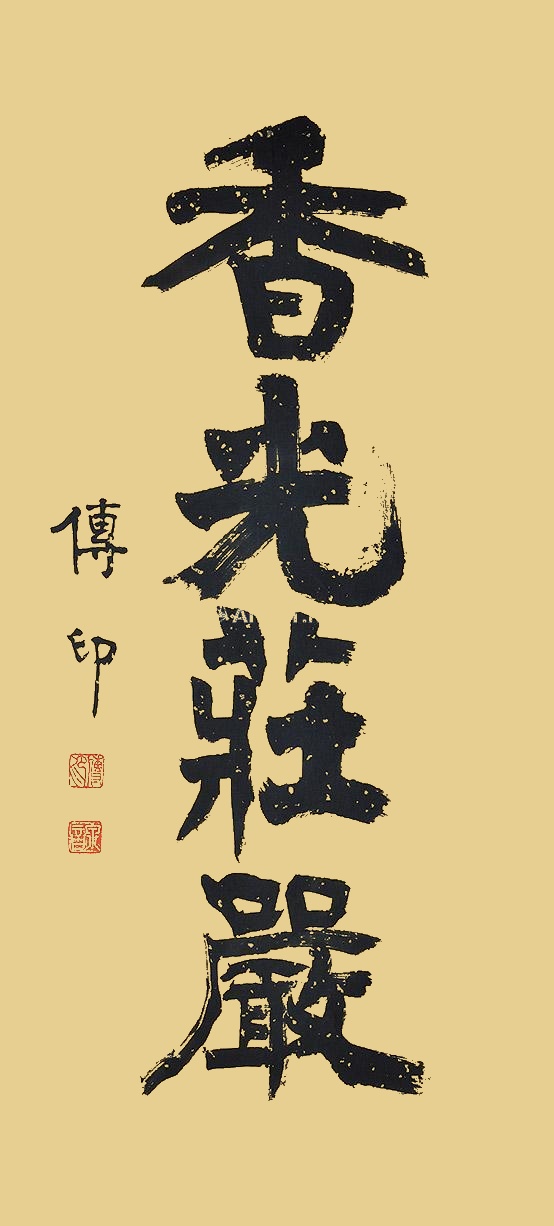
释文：香光庄严传印。